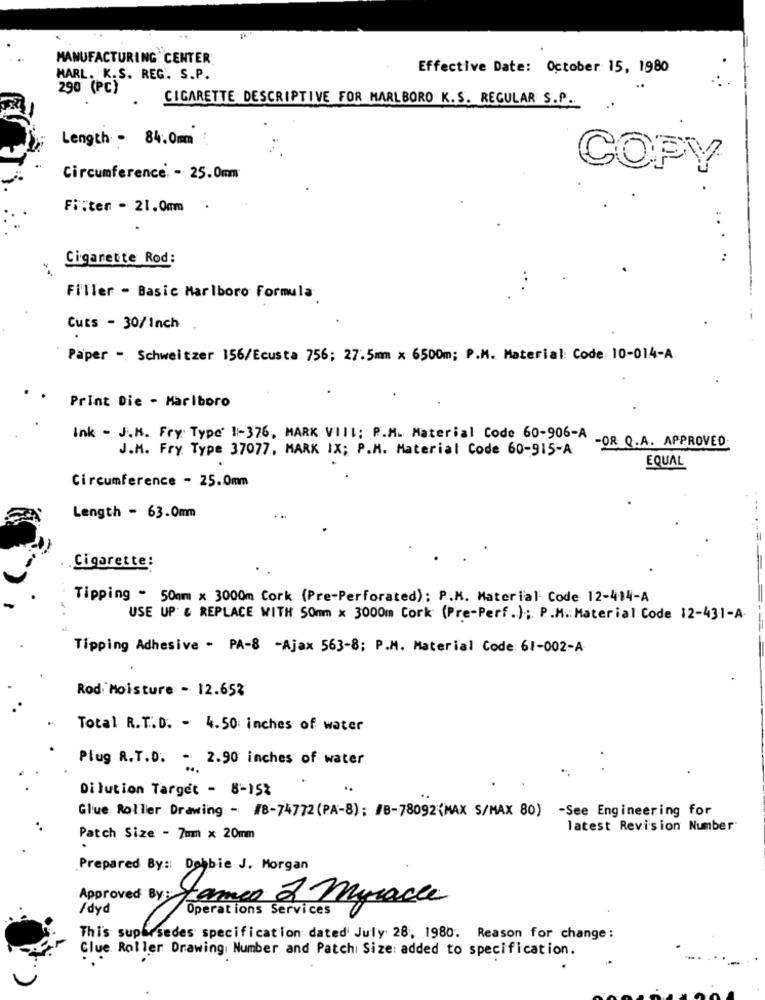
MANUFACTURING"CENTER
Effective Date: October 15, 1980
HARL. K.S. REG .. S.P.
290 (PC)
CIGARETTE DESCRIPTIVE FOR MARLBORO K.S. REGULAR S.P.
Length - 84.0mm
COPY
Circumference. - 25.0mm
Fi:ten - 21.0mm
. ..
Cigarette Rod:
Filler - Basic Marlboro Formula
Cuts - 30/Inch
Paper - Schweitzer 156/Ecusta 756; 27.5mm x 6500m; P.M. Material: Code: 10-014-A
Print. Die - Marlboro
Ink - J.K. Fry: Type 1-376, MARK VIII: P.M. Material Code 60-906-A
J.M. Fry. Type 37077, MARK IX; P.M. Material Code 60-915-A
-OR Q.A. APPROVED
EQUAL
Circumference - 25.0mm
Length - 63.0mm
Cigarette:
Tipping - 50mm x 3000m Cork (Pre-Perforated): P.K. Material Code 12-414-A
USE UP & REPLACE WITH 50mm x 3000m Cork (Pre-Perf. ); P.M. Material Code 12-431-A.
Tipping Adhesive - PA-8 -Ajax 563-8; P.M. Material Code: 61-002-A
Rodi Moisture - 12.652
Total R.T.D. - 4.50 inches of water
Plug R.T.D. - 2.90 inches of water
Dilution Target - 8-152
Glue Roller Drawing - /8-74772 (PA-8); /8-78092(MAX S/MAX 80) -See Engineering for
latest Revision Number
Patch Size - 7mm x 20mm
Prepared By :: Debbie J. Morgan
/dyd
James & Myracle
Operations Services
Thi's supersedes specification dated July 28, 1980. Reason for change:
Clue Roller Drawing Number and Patch Size: added to specification.